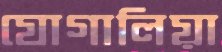
যোগালিয়া